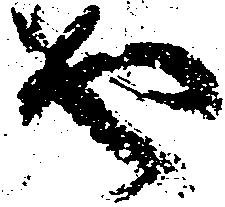
由